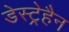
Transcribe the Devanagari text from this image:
डेस्ट्रेहैन